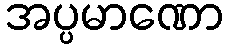
အပ္ပမာဏော